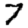
Digit: 7